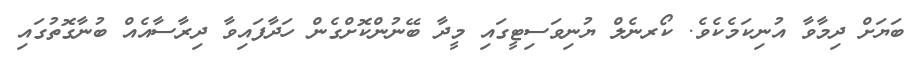
ބަޔަށް ދިމާވާ އުނިކަމެކެވެ. ކޯރނެލް ޔުނިވަސިޓީގައި މީދާ ބޭނުންކޮށްގެން ހަދާފައިވާ ދިރާސާއެއް ބުނާގޮތުގައި